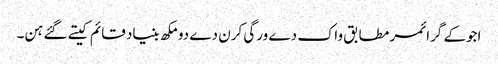
اجوکے گرائمر مطابق واک دے ورگی کرن دے دو مکھ بنیاد قائم کیتے گئے ہن۔